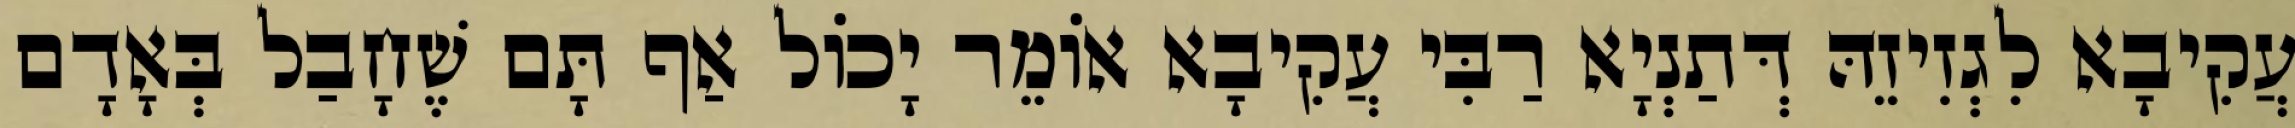
עֲקִיבָא לִגְזִיזֵהּ דְּתַנְיָא רַבִּי עֲקִיבָא אוֹמֵר יָכוֹל אַף תָּם שֶׁחָבַל בְּאָדָם